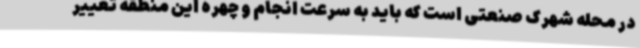
در محله شهرک صنعتی است که باید به سرعت انجام و چهره این منطقه تغییر